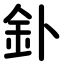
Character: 釙